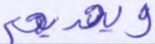
ويهديهم